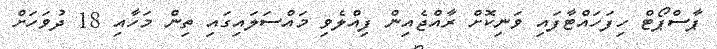
ޕާސްޕޯޓް ހިފަހައްޓާފައި ވަނިކޮށް ރާއްޖެއިން ފިއްލެވި މައްސަލައިގައި ތިން މަހާއި 18 ދުވަހަށް